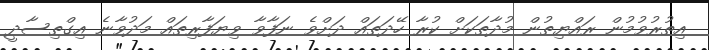
އިތުރުވުމުން ރައްޔިތުން މުދާތަކަށް ކުރާ ހޭދަތައް ދަށްވެ ނަފާވާ ވިޔަފާރިތައް މަދުވާނެ އިގްތިސާދީ